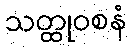
သတ္ထုဝစနံ